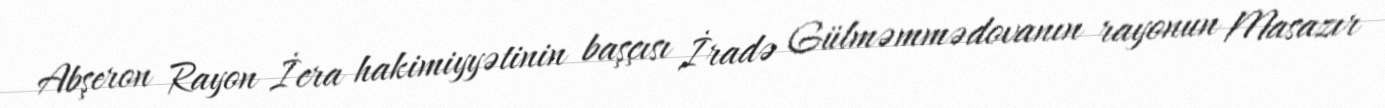
Abşeron Rayon İcra hakimiyyətinin başçısı İradə Gülməmmədovanın rayonun Masazır